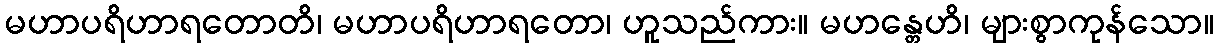
မဟာပရိဟာရတောတိ၊ မဟာပရိဟာရတော၊ ဟူသည်ကား။ မဟန္တေဟိ၊ များစွာကုန်သော။